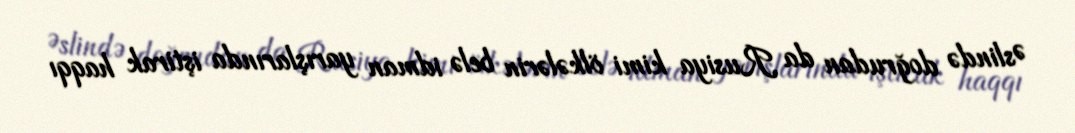
Əslində doğrudan da Rusiya kimi ölkələrin belə idman yarışlarında iştirak haqqı